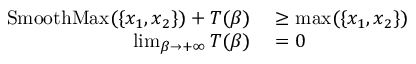
\begin{array} { r l } { \operatorname { S m o o t h M a x } ( \{ x _ { 1 } , x _ { 2 } \} ) + T ( \beta ) } & { { } \ge \operatorname* { m a x } ( \{ x _ { 1 } , x _ { 2 } \} ) } \\ { \operatorname* { l i m } _ { { \beta \to + \infty } } T ( \beta ) } & { { } = 0 } \end{array}